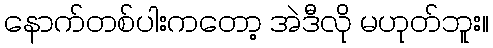
နောက်တစ်ပါးကတော့ အဲဒီလို မဟုတ်ဘူး။